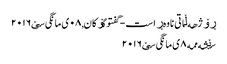
ڕۆژهه‌ڵاتی ناوه‌ڕاست - گفتوگۆکان, ٠٨ ی مانگی سێ ٢٠١٦
سێشه‌ممه‌ ٨ ی مانگی سێ ٢٠١٦